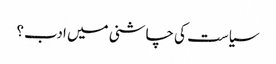
سیاست کی چاشنی میں ادب؟